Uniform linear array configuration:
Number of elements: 64
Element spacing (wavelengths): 0.5
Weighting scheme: blackman
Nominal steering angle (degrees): -15
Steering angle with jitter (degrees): -14.661
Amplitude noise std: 0.05
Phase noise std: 0.05

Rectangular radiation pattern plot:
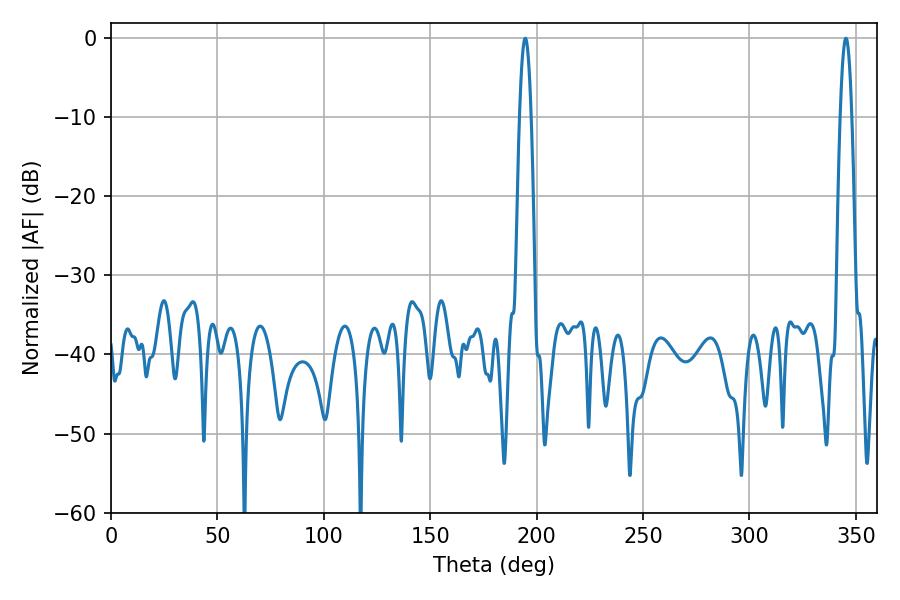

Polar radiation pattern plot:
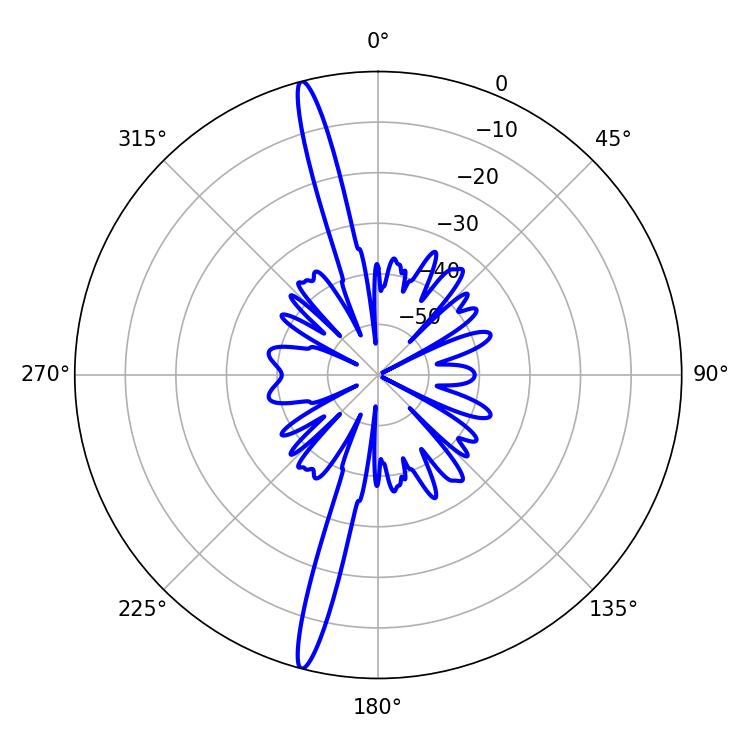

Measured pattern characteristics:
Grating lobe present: FALSE
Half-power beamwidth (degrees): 3.06
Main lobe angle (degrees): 194.58